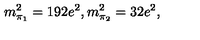
m _ { \pi _ { 1 } } ^ { 2 } = 1 9 2 e ^ { 2 } , m _ { \pi _ { 2 } } ^ { 2 } = 3 2 e ^ { 2 } ,